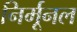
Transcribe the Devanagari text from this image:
निर्मूनल